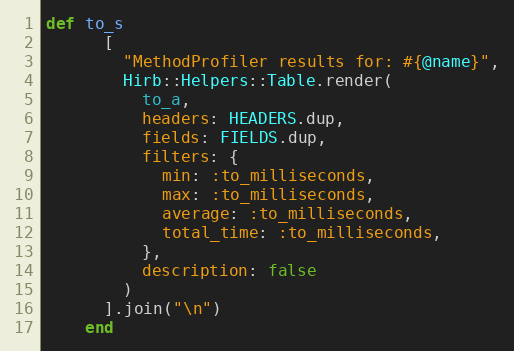
Language: Ruby
def to_s
      [
        "MethodProfiler results for: #{@name}",
        Hirb::Helpers::Table.render(
          to_a,
          headers: HEADERS.dup,
          fields: FIELDS.dup,
          filters: {
            min: :to_milliseconds,
            max: :to_milliseconds,
            average: :to_milliseconds,
            total_time: :to_milliseconds,
          },
          description: false
        )
      ].join("\n")
    end